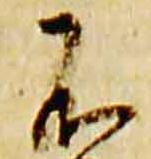
不